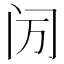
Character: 𬮙